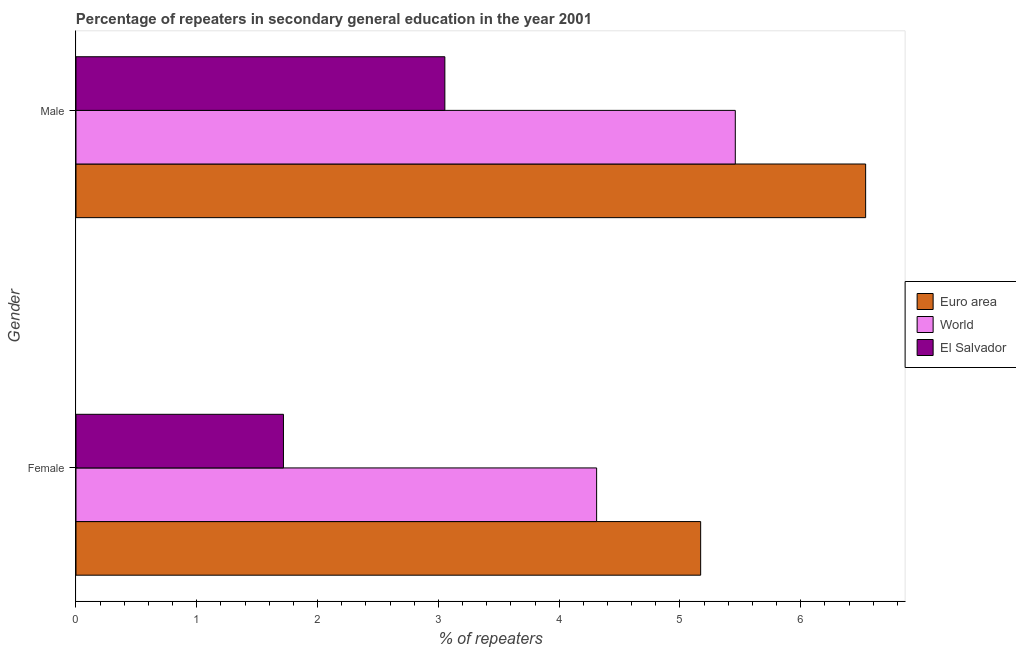
| Gender | Euro area | World | El Salvador |
 | --- | --- | --- | --- |
 | Female | 5.17 | 4.31 | 1.72 |
 | Male | 6.54 | 5.46 | 3.05 |